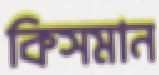
কিসমান